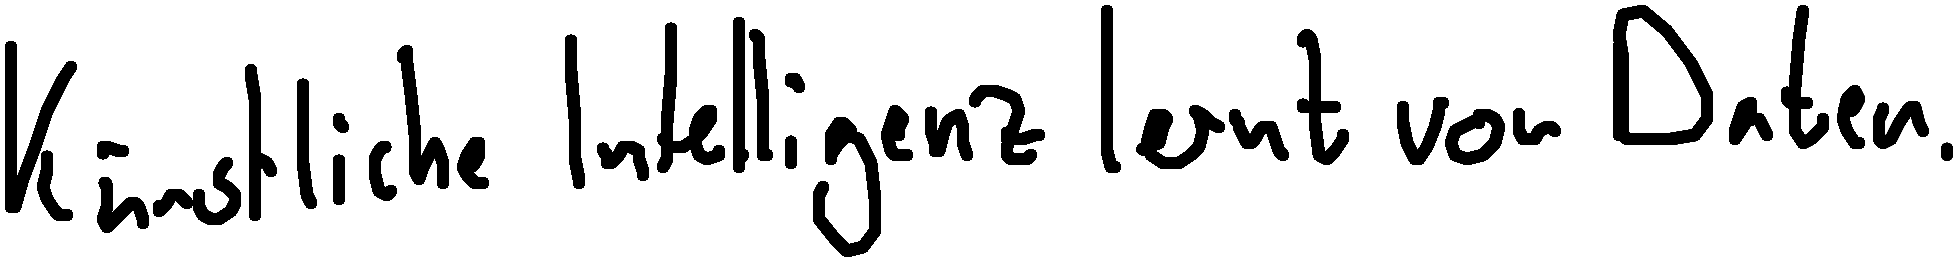
Künstliche Intelligenz lernt von Daten.